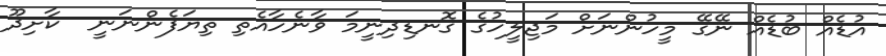
އުޑެއް ބުޑެއް ނޭގޭ މީހުންނަށް މަޖިލީހުގެ ގޮނޑިދިނީމަ ވާނެހާއެތި ތިޔަފެންނަނީ  ކާށިދޫ